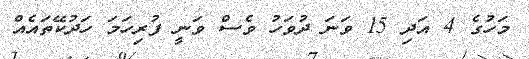
މަހުގެ 4 އަދި 15 ވަނަ ދުވަހު ވެސް ވަނީ ފުރިހަމަ ހަދުކޭތައެއް